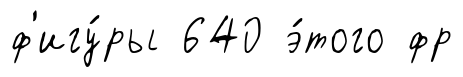
ф'игу́ры 640 э́того фр